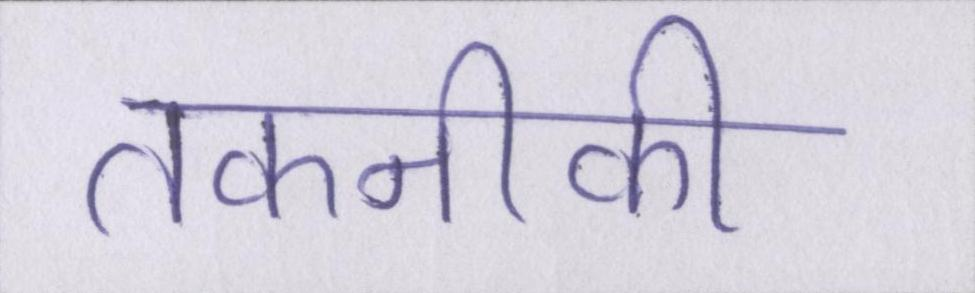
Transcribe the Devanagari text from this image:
तकनीकी